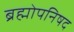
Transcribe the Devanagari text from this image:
ब्रह्मोपनिषद